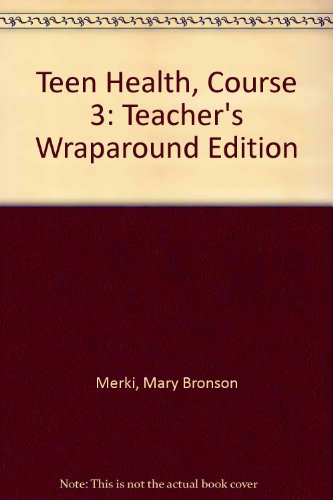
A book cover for Teen Health, Course 3: Teacher's Wraparound Edition; Mary Bronson Merki; Health, Fitness & Dieting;